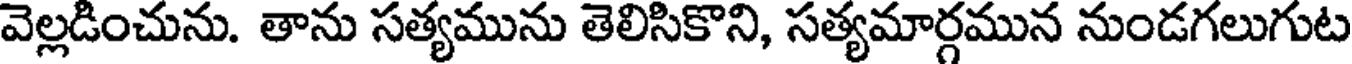
వెల్లడించును. తాను సత్యమును తెలిసికొని, సత్యమార్గమున నుండగలుగుట